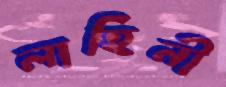
লাহিনী